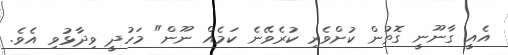
އެއީ ގާނޫނީ ގޮތުން ކުށްވެރި ކުރެވޭނެ ކަމެއް ނޫން" މަހުދީ ވިދާޅުވި އެވެ.